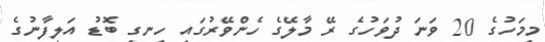
މިމަހުގެ 20 ވަނަ ދުވަހުގެ ރޭ މާލޭގެ ހެންވޭރުގައި ހިނގި ބޮޑު އަލިފާނުގެ